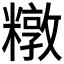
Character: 𰫑